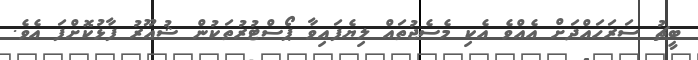
ބީޗު ސަރަހައްދަށް އެއްވެ އެކި މެސެޖުތައް ލިޔެފައިވާ ޕޯސްޓުރުތަކުން ޝުއޫރު ފާޅުކޮށްފަ އެވެ.